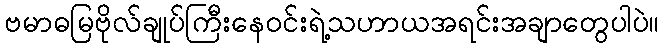
ဗမာဓမြဗိုလ်ချုပ်ကြီးနေဝင်းရဲ့သဟာယအရင်းအချာတွေပါပဲ။